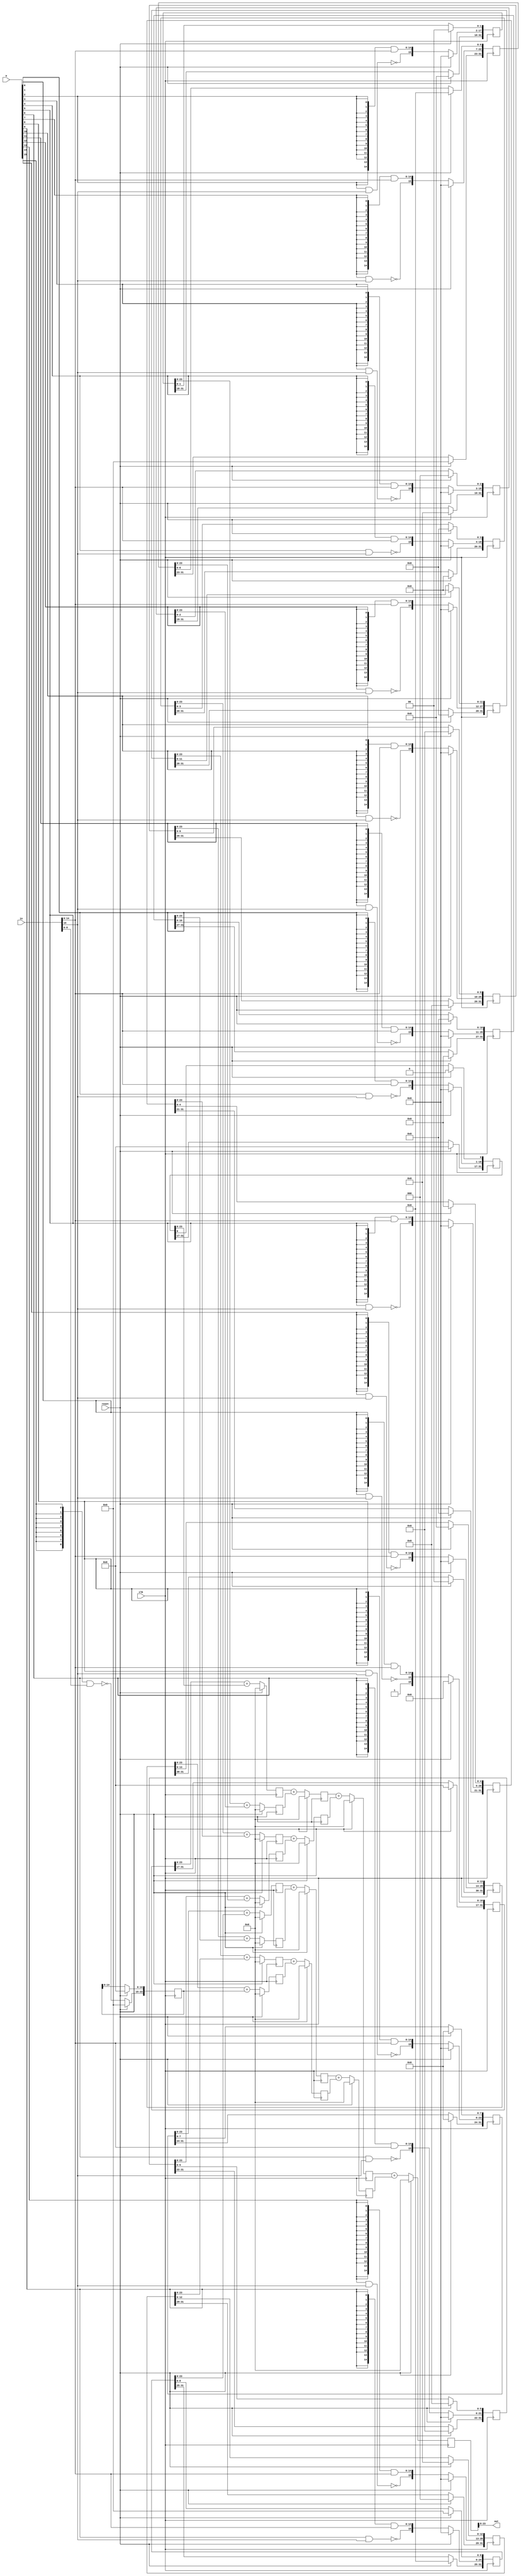
module mult(
	clk,
	reset,
	in,
	w,
	out
);

//Data is stored as an 8.8 fixed point number
input clk;
input reset;
input signed [15:0] in;
input signed [15:0] w;
output signed [15:0] out;

//Define constants
parameter vecLen=16;

//Define variables
integer i;

reg signed [31:0] layer1 [15:0];
reg signed [31:0] layer2 [7:0];
reg signed [31:0] layer3 [3:0];
reg signed [31:0] layer4 [1:0];
reg signed [31:0] layer5;
/***********************************************************************
Because there are 5 layers, this design takes 5 clock cylces to complete
***********************************************************************/


//Tie the output pin to the last register's (layer5) output 
assign out = layer5[23:8];

//Define the pipelined multiplier data path
always @(posedge clk) 
begin
	//If reset is held high, clear the pipelined registers
	if (reset==1) begin
		for (i=0; i<vecLen; i=i+1)begin	
			layer1[i]<=0;
		end	
		for (i=0; i<vecLen/2; i=i+1)begin	
			layer2[i]<=0;
		end
		for (i=0; i<vecLen/4; i=i+1)begin	
			layer3[i]<=0;
		end			
		for (i=0; i<vecLen/8; i=i+1)begin	
			layer4[i]<=0;
		end	
		layer5 <= 0;
		
	end
	//If reset is low, perform normal multiplier operations
	else begin
	/*******************************SIGNED***************************/
		//***************Layer1****************************
		//AND each bit of the weight function with the input	
		layer1[0][16:0]<= {1'b1, ~(w[0] & in[15]), {15{w[0]}} & in[14:0]};
		layer1[1][16:1]<= {~(w[1] & in[15]), {15{w[1]}} & in[14:0]};
		layer1[2][17:2]<= {~(w[2] & in[15]), {15{w[2]}} & in[14:0]};
		layer1[3][18:3]<= {~(w[3] & in[15]), {15{w[3]}} & in[14:0]};
		layer1[4][19:4]<= {~(w[4] & in[15]), {15{w[4]}} & in[14:0]};
		layer1[5][20:5]<= {~(w[5] & in[15]), {15{w[5]}} & in[14:0]};
		layer1[6][21:6]<= {~(w[6] & in[15]), {15{w[6]}} & in[14:0]};
		layer1[7][22:7]<= {~(w[7] & in[15]), {15{w[7]}} & in[14:0]};
		layer1[8][23:8]<= {~(w[8] & in[15]), {15{w[8]}} & in[14:0]};
		layer1[9][24:9]<= {~(w[9] & in[15]), {15{w[9]}} & in[14:0]};
		layer1[10][25:10]<= {~(w[10] & in[15]), {15{w[10]}} & in[14:0]};
		layer1[11][26:11]<= {~(w[11] & in[15]), {15{w[11]}} & in[14:0]};
		layer1[12][27:12]<= {~(w[12] & in[15]), {15{w[12]}} & in[14:0]};
		layer1[13][28:13]<= {~(w[13] & in[15]), {15{w[13]}} & in[14:0]};
		layer1[14][29:14]<= {~(w[14] & in[15]), {15{w[14]}} & in[14:0]};
		layer1[15][31:15]<= {1'b1, (w[15] & in[15]), ~({15{w[15]}} & in[14:0])};

	
		//***************Layer2****************************
		//Start adding the results of the and

		layer2[0] <= layer1[0] + layer1[1];
		layer2[1] <= layer1[2] + layer1[3];
		layer2[2] <= layer1[4] + layer1[5];
		layer2[3] <= layer1[6] + layer1[7];
		layer2[4] <= layer1[8] + layer1[9];
		layer2[5] <= layer1[10] + layer1[11];
		layer2[6] <= layer1[12] + layer1[13];
		layer2[7] <= layer1[14] + layer1[15];
		
		
		//***************Layer3****************************
		//Continue adding outputs
		layer3[0] <= layer2[0] + layer2[1];
		layer3[1] <= layer2[2] + layer2[3];
		layer3[2] <= layer2[4] + layer2[5];
		layer3[3] <= layer2[6] + layer2[7];
		
		//***************Layer4****************************
		//Continue adding outputs
		layer4[0] <= layer3[0] + layer3[1];
		layer4[1] <= layer3[2] + layer3[3];
		
		//***************Layer5****************************
		//Calculate the final result of the multiplier
		layer5 <= layer4[0] + layer4[1];
	/****************************END SIGNED**************************/





	/******************************UNSIGNED***************************
		//***************Layer1****************************
		//AND each bit of the weight function with the input	
		layer1[0][15:0]<= {16{w[0]}} & in;
		layer1[1][16:1]<= {16{w[1]}} & in;
		layer1[2][17:2]<= {16{w[2]}} & in;
		layer1[3][18:3]<= {16{w[3]}} & in;
		layer1[4][19:4]<= {16{w[4]}} & in;
		layer1[5][20:5]<= {16{w[5]}} & in;
		layer1[6][21:6]<= {16{w[6]}} & in;
		layer1[7][22:7]<= {16{w[7]}} & in;
		layer1[8][23:8]<= {16{w[8]}} & in;
		layer1[9][24:9]<= {16{w[9]}} & in;
		layer1[10][25:10]<= {16{w[10]}} & in;
		layer1[11][26:11]<= {16{w[11]}} & in;
		layer1[12][27:12]<= {16{w[12]}} & in;
		layer1[13][28:13]<= {16{w[13]}} & in;
		layer1[14][29:14]<= {16{w[14]}} & in;
		layer1[15][30:15]<= {16{w[15]}} & in;


		//***************Layer2****************************
		//Start adding the results of the and

		layer2[0] <= layer1[0] + layer1[1];
		layer2[1] <= layer1[2] + layer1[3];
		layer2[2] <= layer1[4] + layer1[5];
		layer2[3] <= layer1[6] + layer1[7];
		layer2[4] <= layer1[8] + layer1[9];
		layer2[5] <= layer1[10] + layer1[11];
		layer2[6] <= layer1[12] + layer1[13];
		layer2[7] <= layer1[14] + layer1[15];
		
		
		//***************Layer3****************************
		//Continue adding outputs
		layer3[0] <= layer2[0] + layer2[1];
		layer3[1] <= layer2[2] + layer2[3];
		layer3[2] <= layer2[4] + layer2[5];
		layer3[3] <= layer2[6] + layer2[7];
		
		//***************Layer4****************************
		//Continue adding outputs
		layer4[0] <= layer3[0] + layer3[1];
		layer4[1] <= layer3[2] + layer3[3];
		
		//***************Layer5****************************
		//Calculate the final result of the multiplier
		layer5 <= layer4[0] + layer4[1];
	**************************End Unsigned*****************************/
	end

end


endmodule